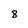
Character: 8